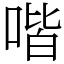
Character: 喈